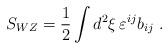
LaTeX: \begin{align*}S_{WZ} = {1\over2}\int d^2\xi\, \varepsilon^{ij}b_{ij}\ .\end{align*}